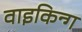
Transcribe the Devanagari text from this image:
वाइकिन्ग